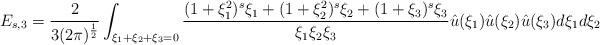
LaTeX: \begin{align*} E_{s,3} = \frac{2}{3(2\pi)^{\frac12}} \int_{\xi_1+\xi_2+\xi_3=0} \frac{(1+\xi_1^2)^s \xi_1 +(1+\xi_2^2)^s\xi_2 +(1+\xi_3)^s\xi_3}{\xi_1\xi_2\xi_3 }\hat u(\xi_1) \hat u(\xi_2) \hat u(\xi_3) d\xi_1 d\xi_2 \end{align*}